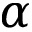
\alpha